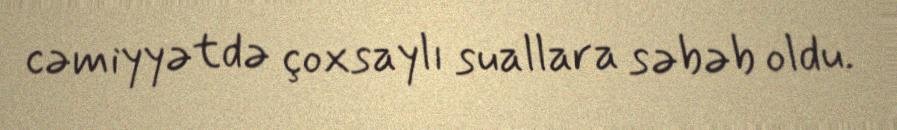
cəmiyyətdə çoxsaylı suallara səbəb oldu.